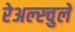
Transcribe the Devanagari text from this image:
रेअल्स्चुले